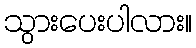
သွားပေးပါလား။